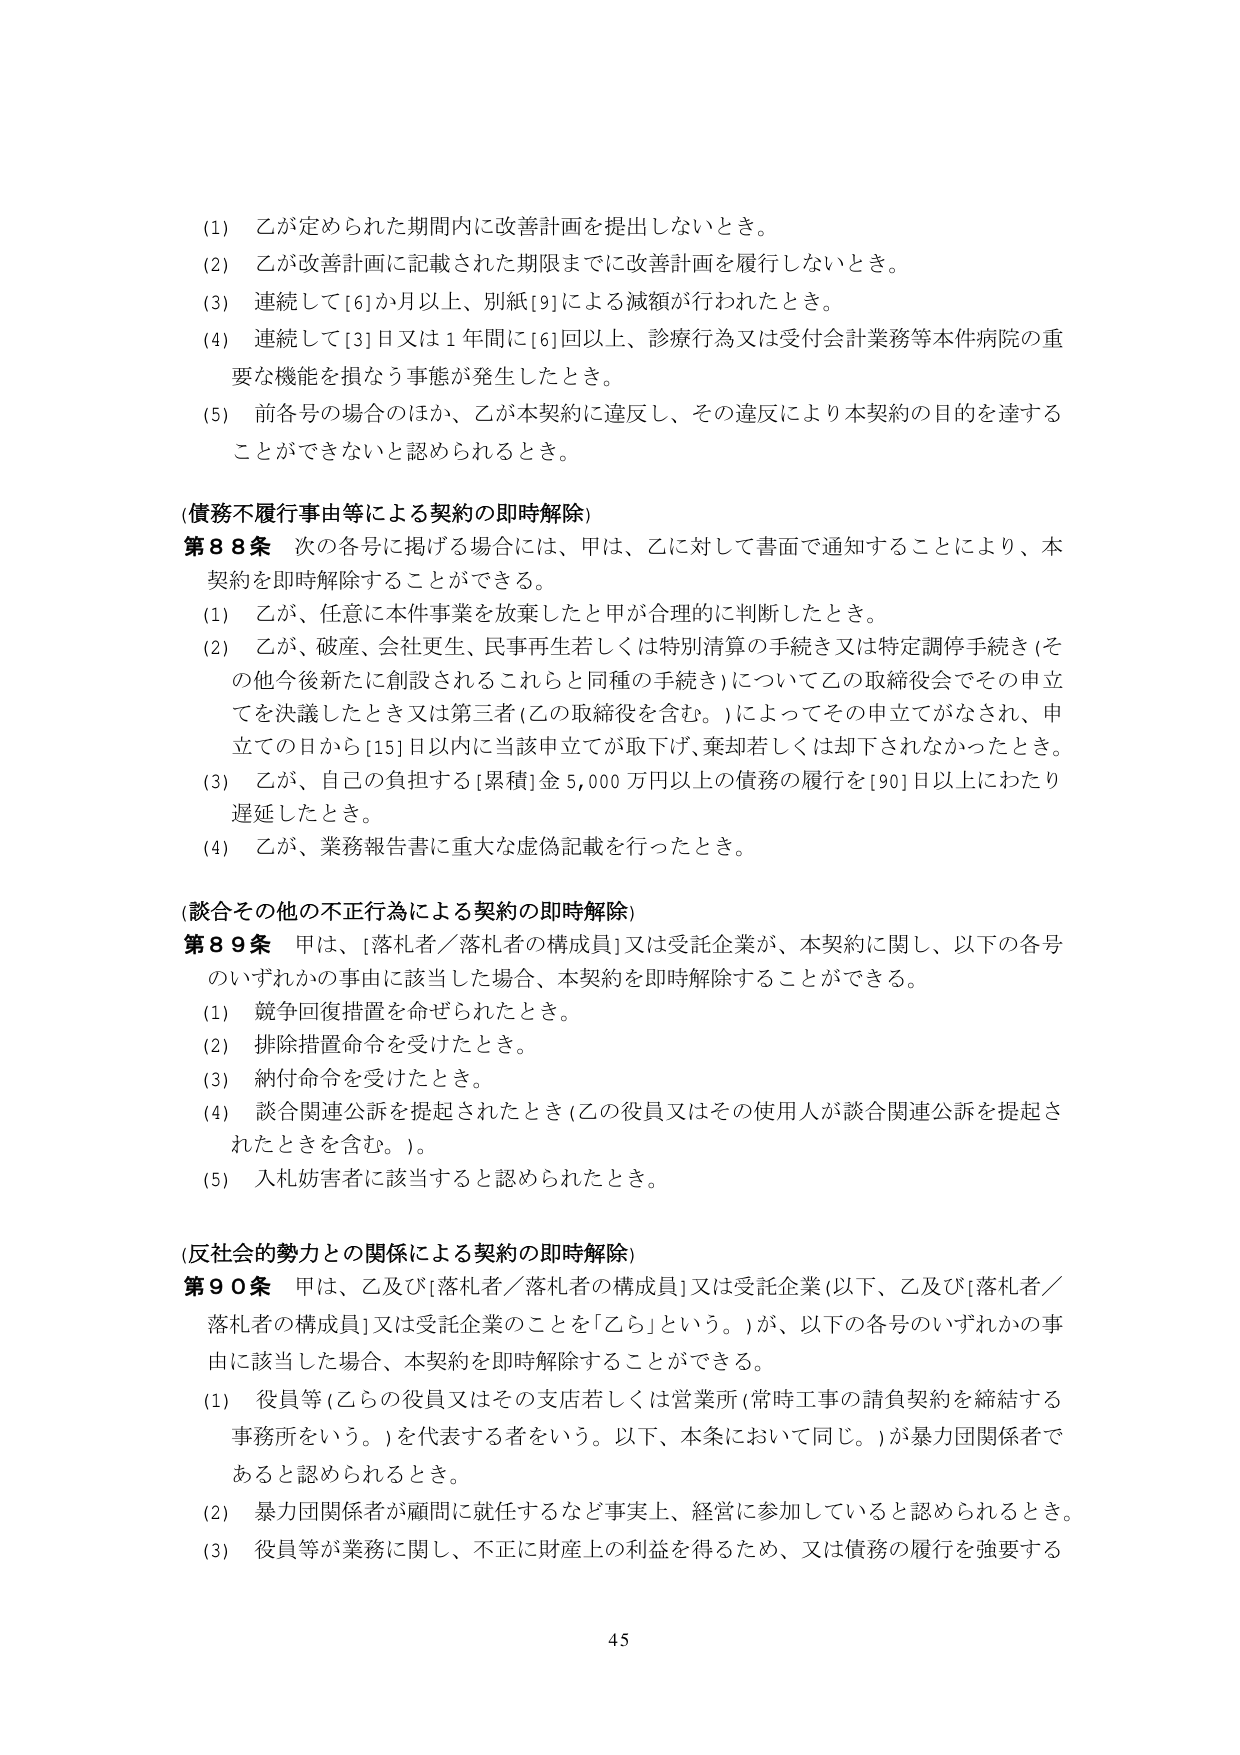
(1) 乙が定められた期間内に改善計画を提出しないとき。

(2) 乙が改善計画に記載された期限までに改善計画を履行しないとき。

(3) 連続して[6]か月以上、別紙[9]による減額が行われたとき。

(4) 連続して[3]日又は1年間に[6]回以上、診療行為又は受付会計業務等本件病院の重要な機能を損なう事態が発生したとき。

(5) 前各号の場合のほか、乙が本契約に違反し、その違反により本契約の目的を達することができないと認められるとき。

(債務不履行事由等による契約の即時解除)

第88条 次の各号に掲げる場合には、甲は、乙に対して書面で通知することにより、本契約を即時解除することができる。

(1) 乙が、任意に本件事業を放棄したと甲が合理的に判断したとき。

(2) 乙が、破産、会社更生、民事再生若しくは特別清算の手続き又は特定調停手続き（その他今後新たに創設されるこれらと同種の手続き）について乙の取締役会でその申立てを決議したとき又は第三者（乙の取締役を含む。）によってその申立てがなされ、申立ての日から[15]日以内に当該申立てが取下げ、棄却若しくは却下されなかったとき。

(3) 乙が、自己の負担する[累積]金5,000万円以上の債務の履行を[90]日以上にわたり遅延したとき。

(4) 乙が、業務報告書に重大な虚偽記載を行ったとき。

(談合その他の不正行為による契約の即時解除)

第89条 甲は、[落札者／落札者の構成員]又は受託企業が、本契約に関し、以下の各号のいずれかの事由に該当した場合、本契約を即時解除することができる。

(1) 競争回復措置を命ぜられたとき。

(2) 排除措置命令を受けたとき。

(3) 納付命令を受けたとき。

(4) 談合関連公訴を提起されたとき（乙の役員又はその使用人が談合関連公訴を提起されたときを含む。）。

(5) 入札妨害者に該当すると認められたとき。

(反社会的勢力との関係による契約の即時解除)

第90条 甲は、乙及び[落札者／落札者の構成員]又は受託企業（以下、乙及び[落札者／落札者の構成員]又は受託企業のことを「乙ら」という。）が、以下の各号のいずれかの事由に該当した場合、本契約を即時解除することができる。

(1) 役員等（乙らの役員又はその支店若しくは営業所（常時工事の請負契約を締結する事務所をいう。）を代表する者をいう。以下、本条において同じ。）が暴力団関係者であると認められるとき。

(2) 暴力団関係者が顧問に就任するなど事実上、経営に参加していると認められるとき。

(3) 役員等が業務に関し、不正に財産上の利益を得るため、又は債務の履行を強要する

45